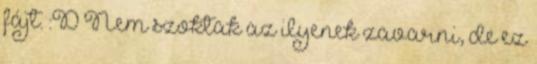
fájt. :D Nem szoktak az ilyenek zavarni, de ez